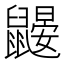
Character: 鼹